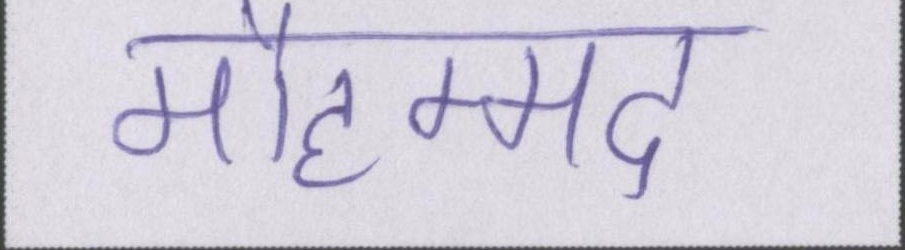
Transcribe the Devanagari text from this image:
मौहम्मद